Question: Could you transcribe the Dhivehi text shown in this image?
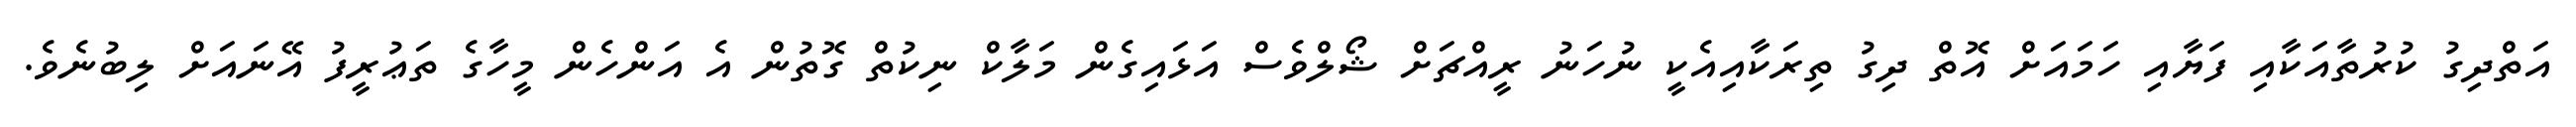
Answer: އަތްދިގު ކުރުތާއަކާއި ފަޔާއި ހަމައަށް އޮތް ދިގު ތިރަކާއިއެކީ ނުހަނު ރީއްޗަށް ޝޯލްވެސް އަޅައިގެން މަލާކް ނިކުތް ގޮތުން އެ އަންހެން މީހާގެ ތަޢުރީފު އޭނައަށް ލިބުނެވެ.